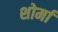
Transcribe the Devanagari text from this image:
शोर्मा